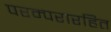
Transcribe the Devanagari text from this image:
परम्परारहित